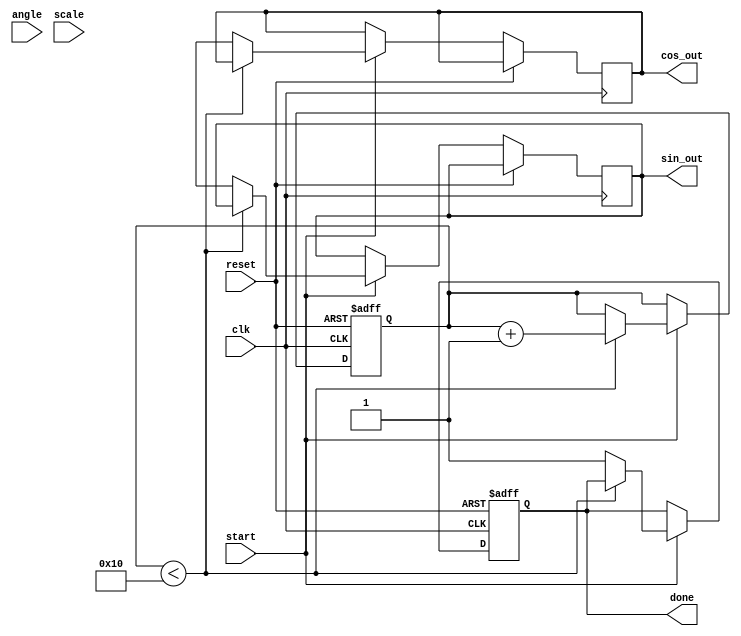
module cordic_rotational (
    input clk,                // Clock signal
    input reset,              // Reset signal
    input start,              // Start signal
    input [15:0] angle,       // Input angle (in radians, fixed-point)
    input [15:0] scale,       // Scaling factor, typically set to 1
    output reg [15:0] cos_out, // Output cosine value
    output reg [15:0] sin_out, // Output sine value
    output reg done           // Signal to indicate completion
);

parameter N = 16; // Number of iterations
reg [15:0] x [0:N-1]; // X vector
reg [15:0] y [0:N-1]; // Y vector
reg [15:0] z [0:N-1]; // Angle lookup table
reg [3:0] iteration;  // Iteration counter
reg [15:0] angle_reg; // Register for angle input
reg [15:0] x_temp, y_temp;

// CORDIC angle lookup table (in radians, fixed-point)
// Pre-calculated arctangent values
initial begin
    z[0] = 16'h1C90; // atan(1) = 45 degrees
    z[1] = 16'h0C90; // atan(0.5) = 26.565 degrees
    z[2] = 16'h0632; // atan(0.25) = 14.036 degrees
    z[3] = 16'h0319; // atan(0.125) = 7.125 degrees
    // Add more angles as needed for higher precision
end

always @(posedge clk or posedge reset) begin
    if (reset) begin
        iteration <= 0;
        x[0] <= scale; // Initialize x to scaling factor
        y[0] <= 0;     // Initialize y to 0
        done <= 0;
    end else if (start) begin
        if (iteration < N) begin
            angle_reg <= angle;
            x_temp <= x[iteration];
            y_temp <= y[iteration];

            // Determine the direction of rotation
            if (angle_reg >= 0) begin
                // Counterclockwise rotation
                x[iteration + 1] <= x_temp - (y_temp >> iteration);
                y[iteration + 1] <= y_temp + (x_temp >> iteration);
                angle_reg <= angle_reg - z[iteration];
            end else begin
                // Clockwise rotation
                x[iteration + 1] <= x_temp + (y_temp >> iteration);
                y[iteration + 1] <= y_temp - (x_temp >> iteration);
                angle_reg <= angle_reg + z[iteration];
            end

            iteration <= iteration + 1; // Move to next iteration
        end else begin
            // Save final results
            cos_out <= x[N];
            sin_out <= y[N];
            done <= 1; // Indicate completion
        end
    end
end

endmodule